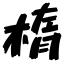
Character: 楕